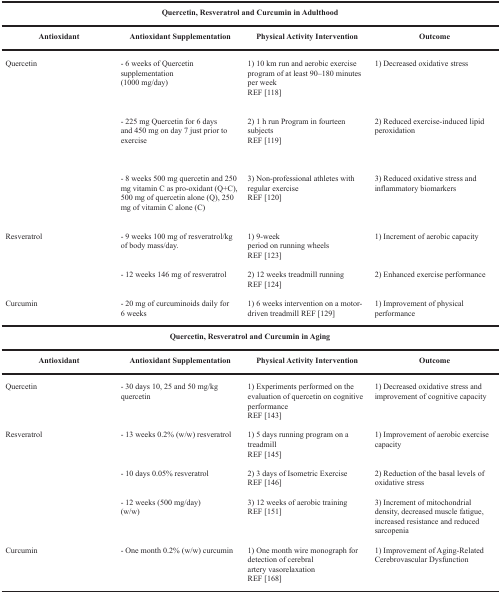
<table><thead><tr><td colspan="4"><b>Quercetin, Resveratrol and Curcumin in Adulthood</b></td></tr><tr><td><b>Antioxidant</b></td><td><b>Antioxidant Supplementation</b></td><td><b>Physical Activity Intervention</b></td><td><b>Outcome</b></td></tr></thead><tbody><tr><td>Quercetin</td><td>- 6 weeks of Quercetin supplementation (1000 mg/day)</td><td>1) 10 km run and aerobic exercise program of at least 90–180 minutes per weekREF [118]</td><td>1) Decreased oxidative stress</td></tr><tr><td></td><td>- 225 mg Quercetin for 6 days and 450 mg on day 7 just prior to exercise</td><td>2) 1 h run Program in fourteen subjectsREF [119]</td><td>2) Reduced exercise-induced lipid peroxidation</td></tr><tr><td></td><td>- 8 weeks 500 mg quercetin and 250 mg vitamin C as pro-oxidant (Q+C), 500 mg of quercetin alone (Q), 250 mg of vitamin C alone (C)</td><td>3) Non-professional athletes with regular exerciseREF [120]</td><td>3) Reduced oxidative stress and inflammatory biomarkers</td></tr><tr><td>Resveratrol</td><td>- 9 weeks 100 mg of resveratrol/kg of body mass/day.</td><td>1) 9-week period on running wheelsREF [123]</td><td>1) Increment of aerobic capacity</td></tr><tr><td></td><td>- 12 weeks 146 mg of resveratrol</td><td>2) 12 weeks treadmill running REF [124]</td><td>2) Enhanced exercise performance</td></tr><tr><td>Curcumin</td><td>- 20 mg of curcuminoids daily for 6 weeks</td><td>1) 6 weeks intervention on a motor-driven treadmillREF [129]</td><td>1) Improvement of physical performance</td></tr><tr><td colspan="4"><b>Quercetin, Resveratrol and Curcumin in Aging</b></td></tr><tr><td><b>Antioxidant</b></td><td><b>Antioxidant Supplementation</b></td><td><b>Physical Activity Intervention</b></td><td><b>Outcome</b></td></tr><tr><td>Quercetin</td><td>- 30 days 10, 25 and 50 mg/kg quercetin</td><td>1) Experiments performed on the evaluation of quercetin on cognitive performanceREF [143]</td><td>1) Decreased oxidative stress and improvement of cognitive capacity</td></tr><tr><td>Resveratrol</td><td>- 13 weeks 0.2% (w/w) resveratrol</td><td>1) 5 days running program on a treadmillREF [145]</td><td>1) Improvement of aerobic exercise capacity</td></tr><tr><td></td><td>- 10 days 0.05% resveratrol</td><td>2) 3 days of Isometric ExerciseREF [146]</td><td>2) Reduction of the basal levels of oxidative stress</td></tr><tr><td></td><td>- 12 weeks (500 mg/day)(w/w)</td><td>3) 12 weeks of aerobic trainingREF [151]</td><td>3) Increment of mitochondrial density, decreased muscle fatigue, increased resistance and reduced sarcopenia</td></tr><tr><td>Curcumin</td><td>- One month 0.2% (w/w) curcumin</td><td>1) One month wire monograph for detection of cerebral artery vasorelaxationREF [168]</td><td>1) Improvement of Aging-Related Cerebrovascular Dysfunction</td></tr></tbody></table>